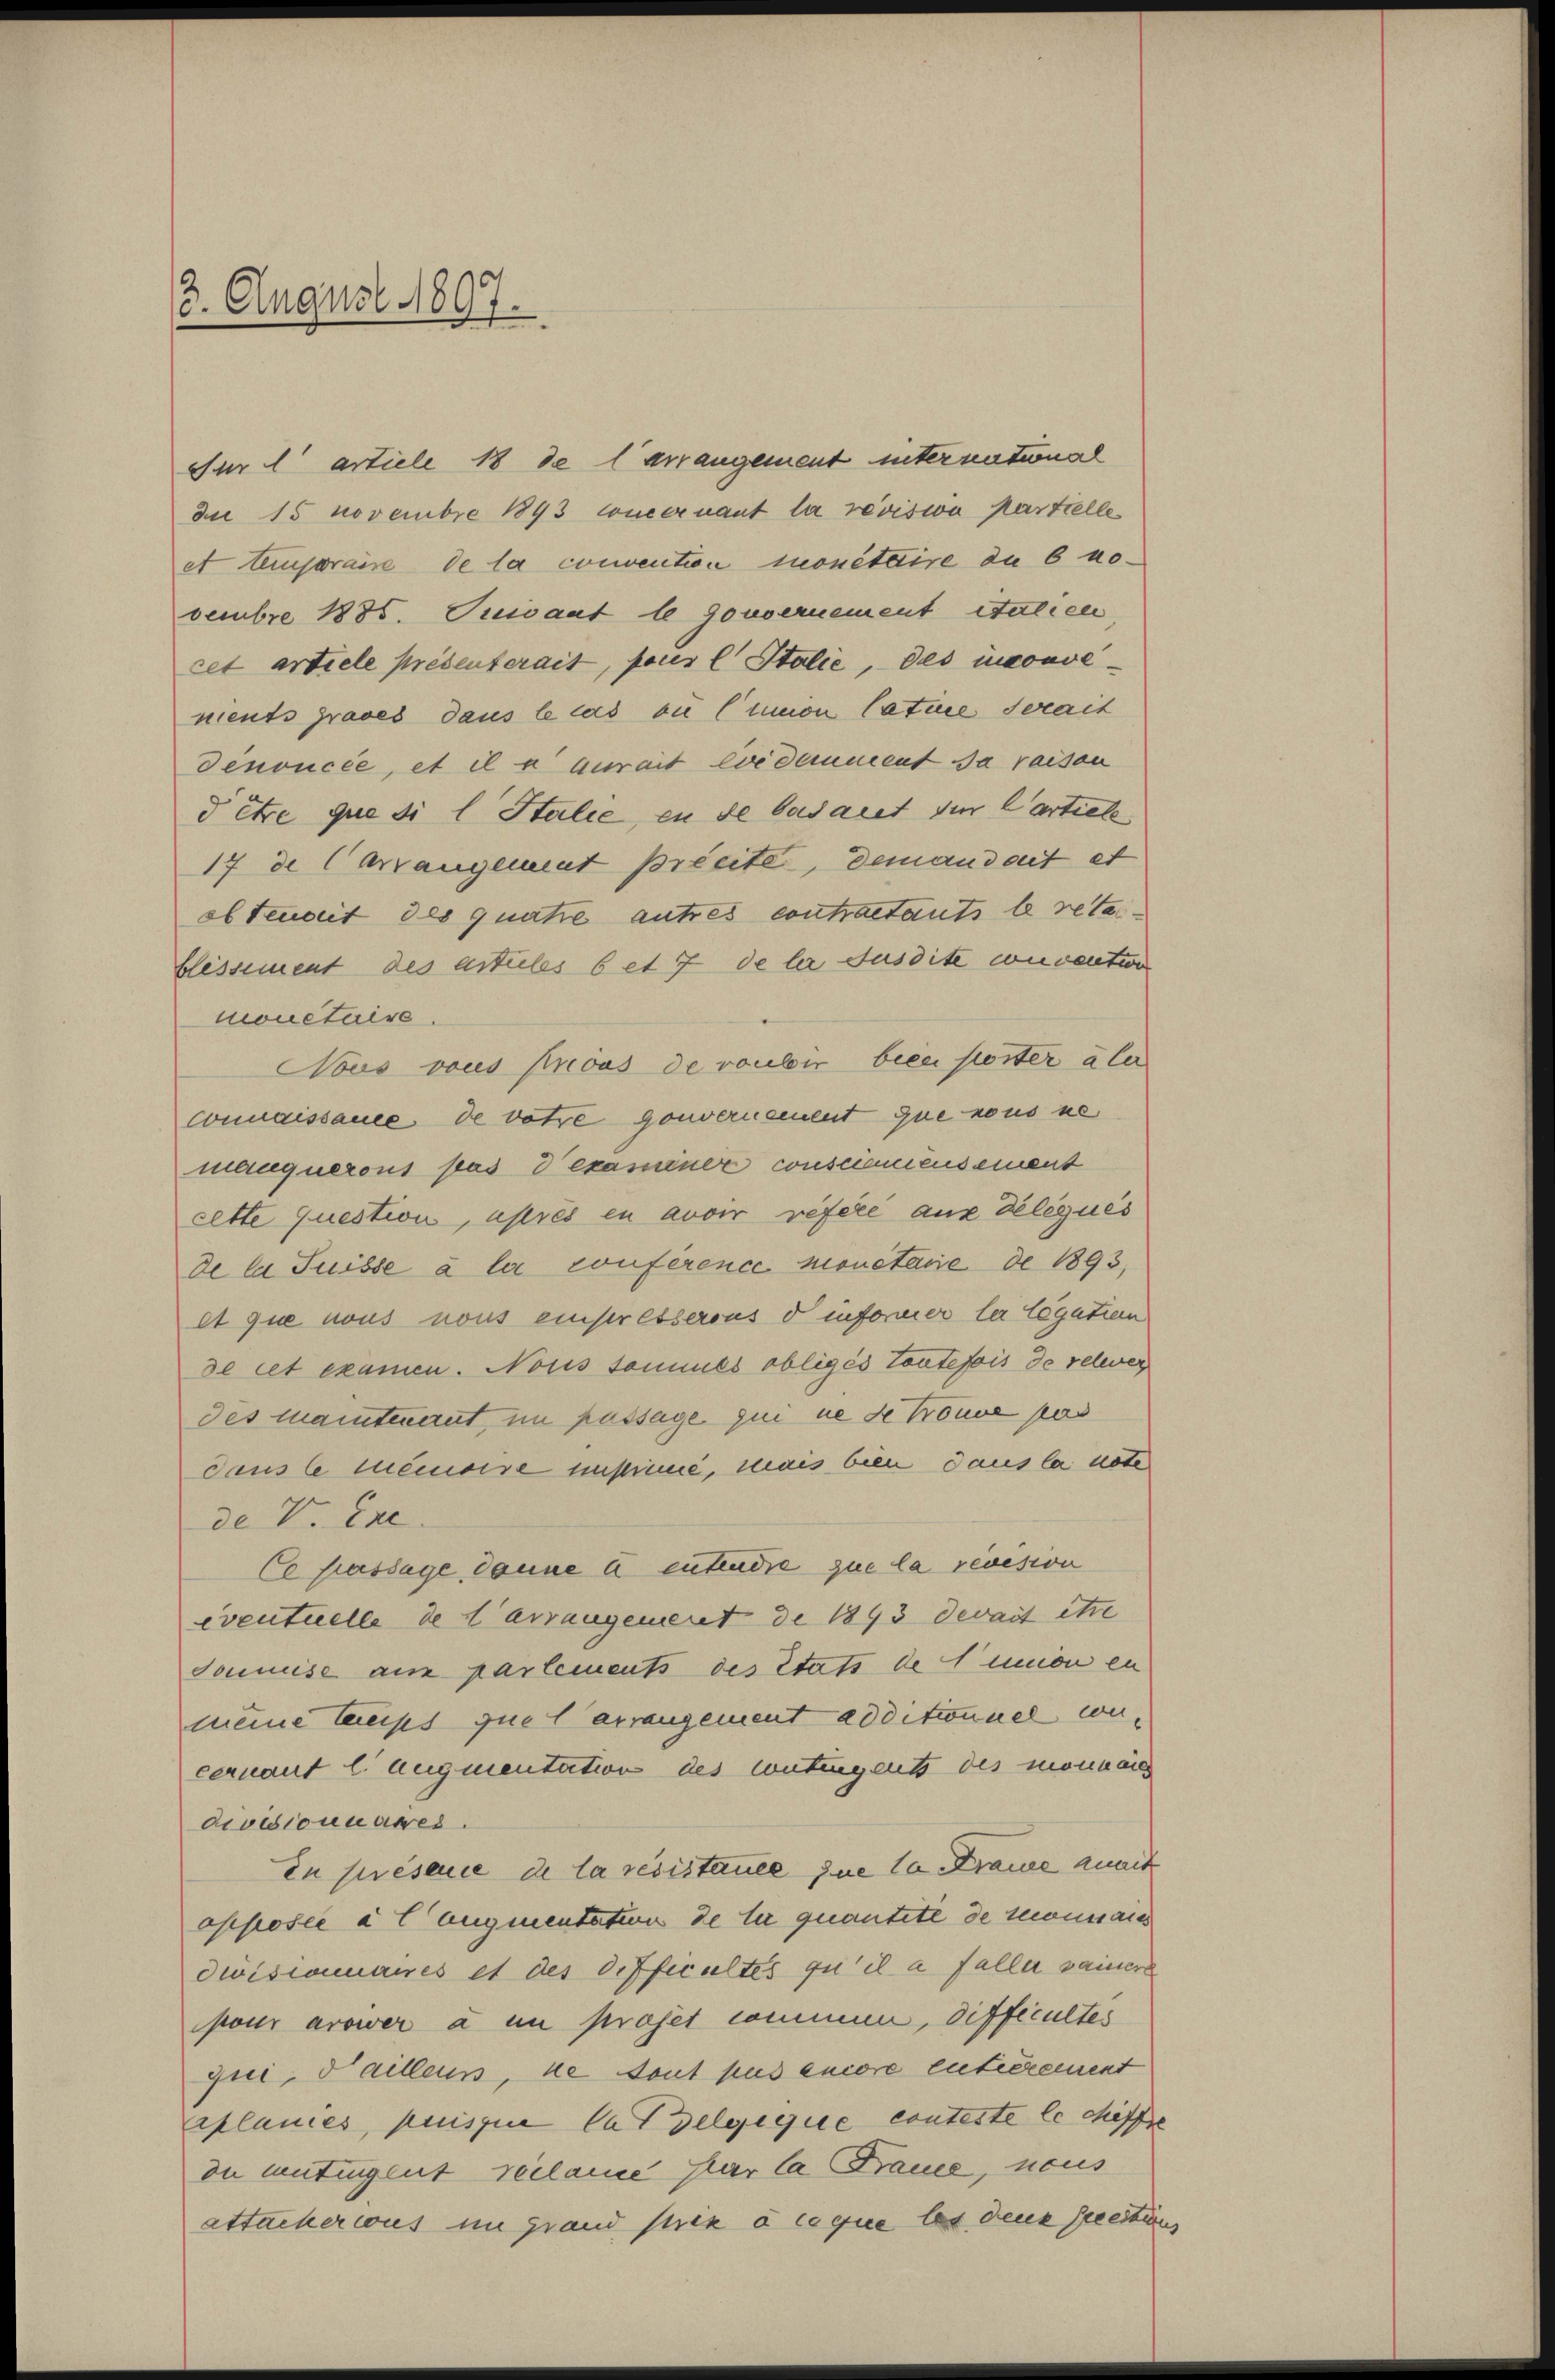
3. August 1897.

Für artiele 18 de Carrangement international
de 15 Novembre 1893 Concernant la revisia Martielle
et temporaise de la convention monetaire du 6 novembre 1885. Quisant le Gouvernement italien
cet artiele présenterait, pous l. Stalie, das inconve
ments graves dans le cas ou (umnon lature serait
denoncée, et il es aurait ledemment sa raisen
d être que si l Stalie, in de Cadaret für Cartiele
17 de Carrangement Breite, demandant et
obtenait des quatre autres contractants le retablissement des artules 6 et 7 de leer Jusdite convention
monetaire.
Nous vous prious de rauber bien poster aber
connaissance de votre gouvernement que nous ne
manquerous pas examiner consciemensement
cette question, après en avoir refere aux délégués
de la Suisse à la conference monetarie de 1893,
et que nous nous einpresserons d informer le legation
de cet examen. Nous sammes obligés toutefois de relever
des Mantenant, in passage qui ne de trouve pas
dans le memoise instimie, mais bien dans la note
de V. Exc
Co passage danne à entende zue la revesion
eventuelle de Carrangement de 1893 devait etwe
doumise aus partements des Etats de lunion en
meine taups que Carrangement additionnel concernant l. augmentation des Contingents des monnai
dioeconnaires.
in présence de la resistance zue 10 Fraue anat
opposée à l Eugmentation de lie quantite de Monnaiss
divisionnaires et des Officultés qu’il a faller seiner
pour arower à in projet commen, difficultes
qui, daillens, ne tout pas encore enticrement
aplanies, puisque la delgeque conteste le chiffe
du mutigent reclame par la Bauce, neus
attachercus im Grand strie à ce que les dene Zeitung